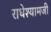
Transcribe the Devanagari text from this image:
राधेश्यामजी